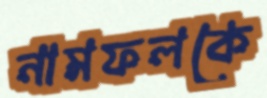
নামফলকে